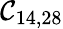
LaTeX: \mathcal{C}_{14,28}